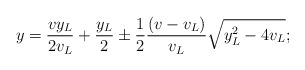
\begin{align*}y&=\frac{v y_L}{2v_L}+\frac{y_L}{2}\pm \frac{1}{2}\frac{(v-v_L)}{v_L}\sqrt{y_L^2-4v_L}; \end{align*}